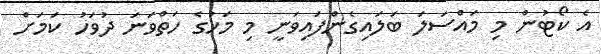
އެ ކޯޓުން މި މައްސަލަ ބަލައިގެންފައިވަނީ މި މަހުގެ ހަތްވަނަ ދުވަހު ކަމަށް